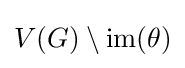
V(G)\setminus \mathrm {im} (\theta )